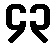
၄၃